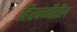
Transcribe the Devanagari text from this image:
हिरवळीतील